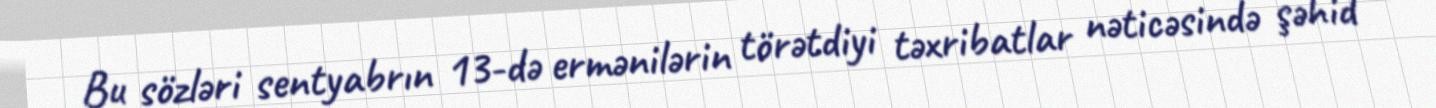
Bu sözləri sentyabrın 13-də ermənilərin törətdiyi təxribatlar nəticəsində şəhid